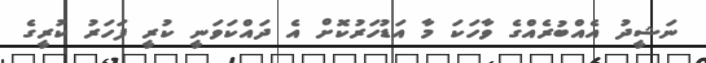
ނަޝީދު އެއްބުރެއްގެ ވާހަކަ މާ އަޑުހަރުކޮށް އެ ދައްކަވަނީ ކުރީ ފަހަރު ކުރީގެ